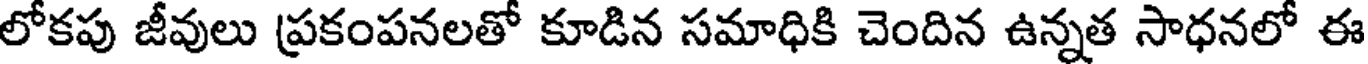
లోకపు జీవులు ప్రకంపనలతో కూడిన సమాధికి చెందిన ఉన్నత సాధనలో ఈ